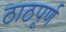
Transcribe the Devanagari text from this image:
ठाठपूर्ण